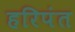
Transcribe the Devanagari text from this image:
हरिपंत